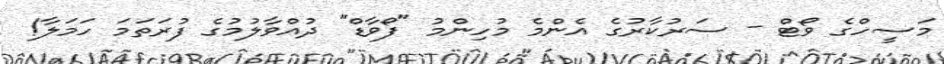
މަސީހްގެ ވޯޓް - ސަރުކާރުގެ އެންމެ މުހިންމު "ފޯވާޑް" ދުއްވާލުމުގެ ފުރަތަމަ ހަމަލާ!